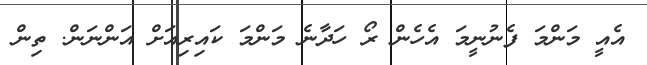
އެއީ މަންމަ ފެނުނީމަ އެހެން ރޯ ހަދާނެ މަންމަ ކައިރިއަށް އަންނަން. ތިން